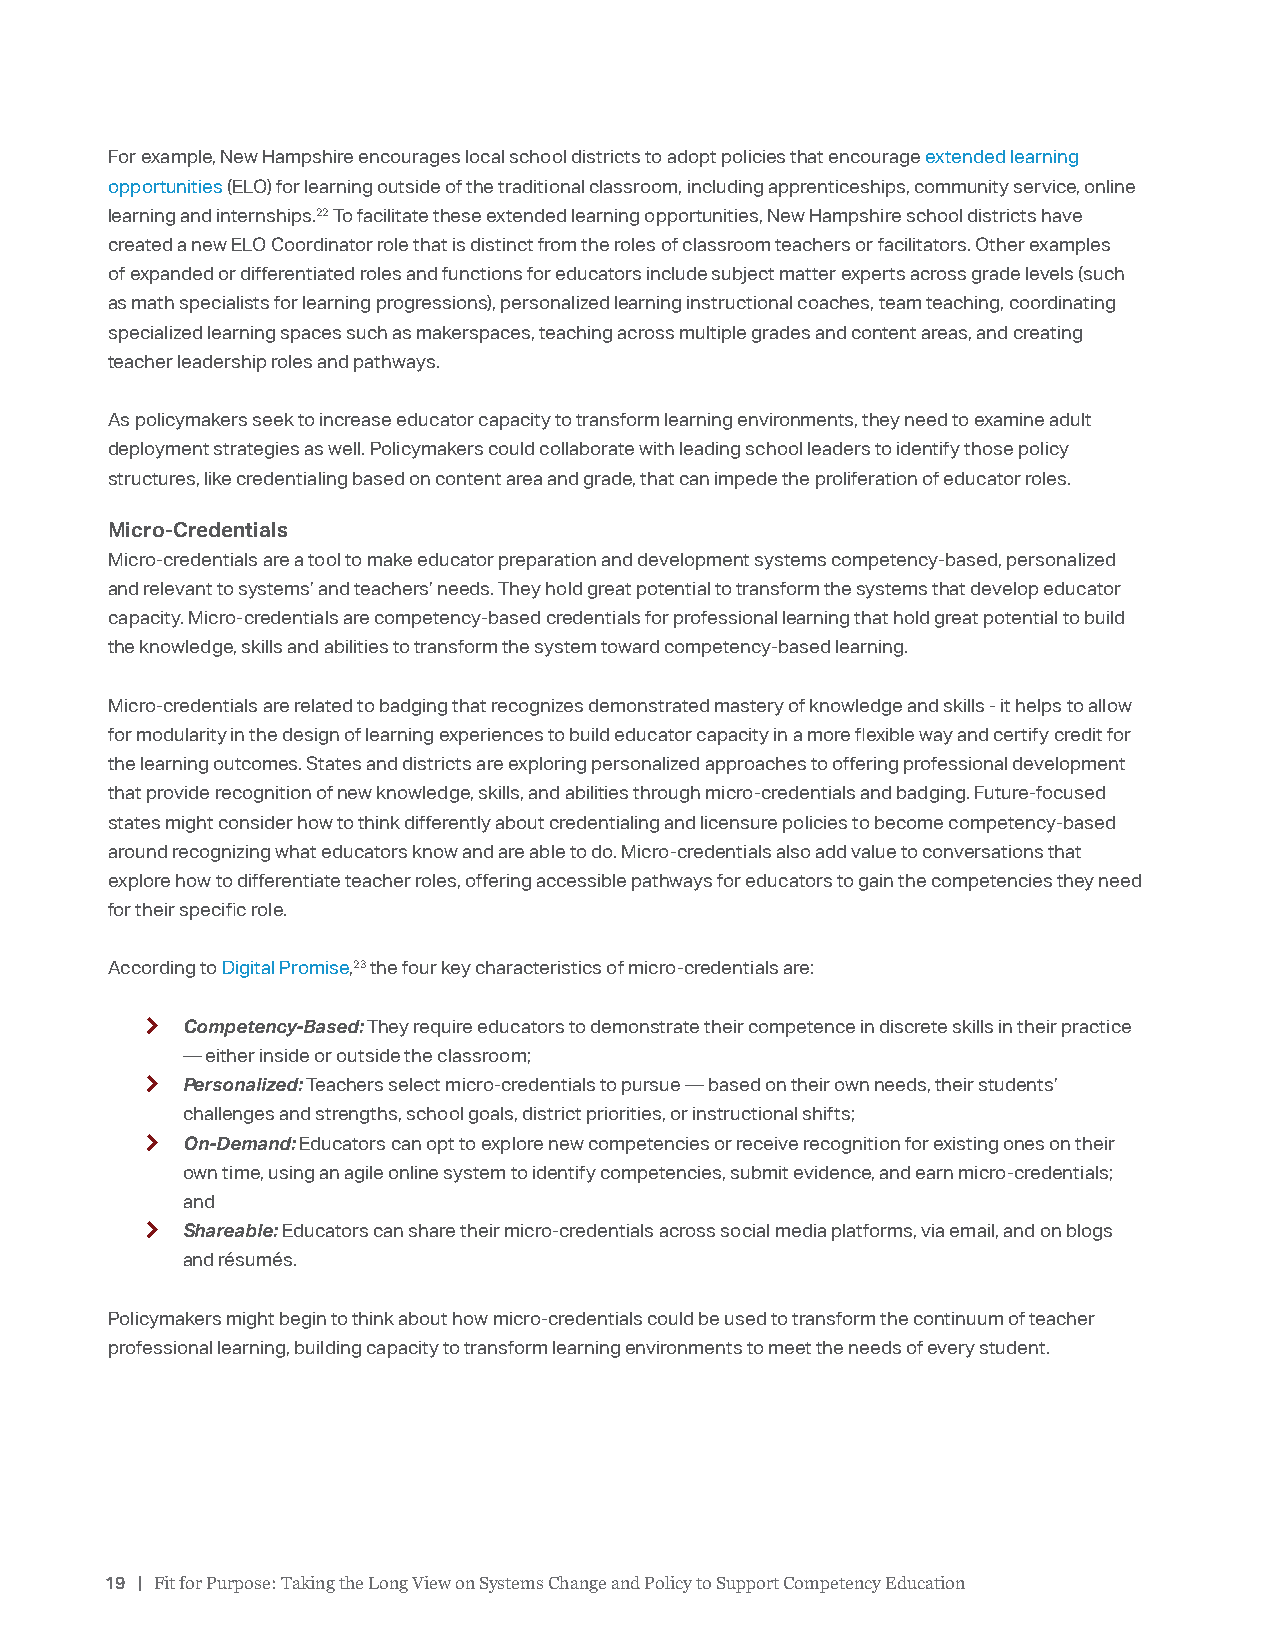
For example, New Hampshire encourages local school districts to adopt policies that encourage extended learning
 opportunities (ELO) for learning outside of the traditional classroom, including apprenticeships, community service, online
 learning and internships.22 To facilitate these extended learning opportunities, New Hampshire school districts have
 created a new ELO Coordinator role that is distinct from the roles of classroom teachers or facilitators. Other examples
 of expanded or differentiated roles and functions for educators include subject matter experts across grade levels (such
 as math specialists for learning progressions), personalized learning instructional coaches, team teaching, coordinating
 specialized learning spaces such as makerspaces, teaching across multiple grades and content areas, and creating
 teacher leadership roles and pathways.
 As policymakers seek to increase educator capacity to transform learning environments, they need to examine adult
 deployment strategies as well. Policymakers could collaborate with leading school leaders to identify those policy
 structures, like credentialing based on content area and grade, that can impede the proliferation of educator roles.
 Micro-Credentials
 Micro-credentials are a tool to make educator preparation and development systems competency-based, personalized
 and relevant to systems’ and teachers’ needs. They hold great potential to transform the systems that develop educator
 capacity. Micro-credentials are competency-based credentials for professional learning that hold great potential to build
 the knowledge, skills and abilities to transform the system toward competency-based learning.
 Micro-credentials are related to badging that recognizes demonstrated mastery of knowledge and skills - it helps to allow
 for modularity in the design of learning experiences to build educator capacity in a more flexible way and certify credit for
 the learning outcomes. States and districts are exploring personalized approaches to offering professional development
 that provide recognition of new knowledge, skills, and abilities through micro-credentials and badging. Future-focused
 states might consider how to think differently about credentialing and licensure policies to become competency-based
 around recognizing what educators know and are able to do. Micro-credentials also add value to conversations that
 explore how to differentiate teacher roles, offering accessible pathways for educators to gain the competencies they need
 for their specific role.
 According to Digital Promise,23 the four key characteristics of micro-credentials are:
 k Competency-Based: They require educators to demonstrate their competence in discrete skills in their practice
 — either inside or outside the classroom;
 k Personalized: Teachers select micro-credentials to pursue — based on their own needs, their students’
 challenges and strengths, school goals, district priorities, or instructional shifts;
 k On-Demand: Educators can opt to explore new competencies or receive recognition for existing ones on their
 own time, using an agile online system to identify competencies, submit evidence, and earn micro-credentials;
 and
 k Shareable: Educators can share their micro-credentials across social media platforms, via email, and on blogs
 and résumés.
 Policymakers might begin to think about how micro-credentials could be used to transform the continuum of teacher
 professional learning, building capacity to transform learning environments to meet the needs of every student.
 19 | Fit for Purpose: Taking the Long View on Systems Change and Policy to Support Competency Education